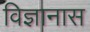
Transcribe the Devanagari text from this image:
विज्ञानास